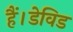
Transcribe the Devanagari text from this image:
हैं।डेविड